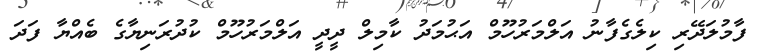
ފާމުލަދޭރި ކިލެގެފާނު އަލްމަރުހޫމް އަޙުމަދު ކާމިލް ދީދީ އަލްމަރުހޫމް ކުދުރަނިޔާގެ ބެއްޔާ ފަދަ